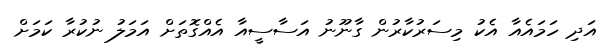
އަދި ހަމައެއާ އެކު މިސަރުކާރުން ގާނޫނު އަސާސީއާ އެއްގޮތަށް އަމަލު ނުކުރާ ކަމަށް